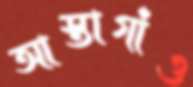
আস্তাগাঁও